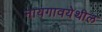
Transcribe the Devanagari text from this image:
नायगावयेथील